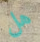
هل